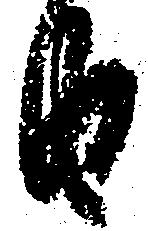
由